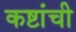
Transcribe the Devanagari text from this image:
कष्टांची